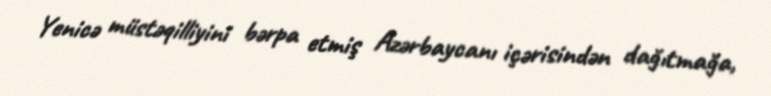
Yenicə müstəqilliyini bərpa etmiş Azərbaycanı içərisindən dağıtmağa,